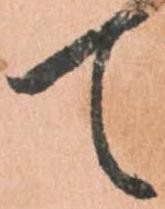
て